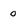
Character: 0